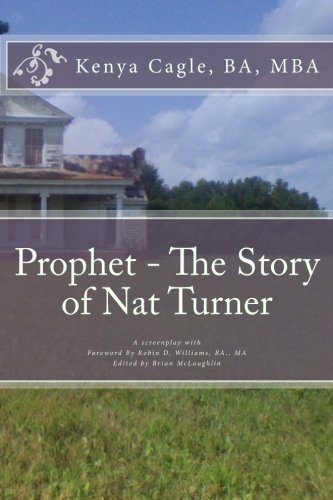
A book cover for Prophet - The Story of Nat Turner; Kenya Cagle; Literature & Fiction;